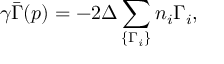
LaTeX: \gamma \bar { \Gamma } ( p ) = - 2 \Delta \sum _ { \{ \Gamma _ { i } \} } n _ { i } \Gamma _ { i } ,